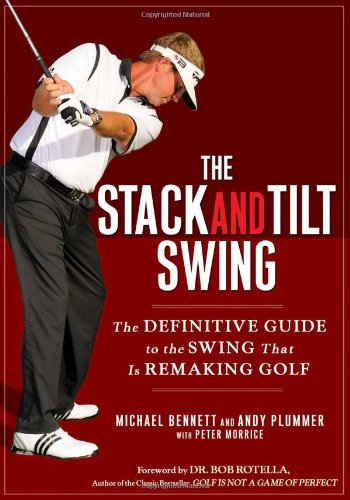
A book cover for The Stack and Tilt Swing: The Definitive Guide to the Swing That Is Remaking Golf; Michael Bennett; Sports & Outdoors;